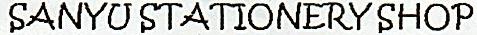
SANYU STATIONERY SHOP